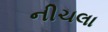
નીચલા